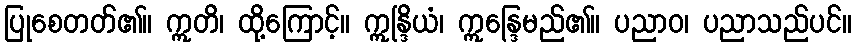
ပြုစေတတ်၏။ ဣတိ၊ ထို့ကြောင့်။ ဣန္ဒြိယံ၊ ဣန္ဒြေမည်၏။ ပညာဝ၊ ပညာသည်ပင်။